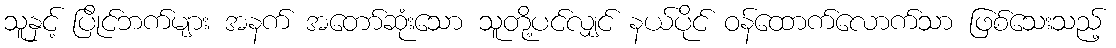
သူနှင့် ပြိုင်ဘက်များ အနက် အတော်ဆုံးသော သူတို့ပင်လျှင် နယ်ပိုင် ဝန်ထောက်လောက်သာ ဖြစ်သေးသည့်